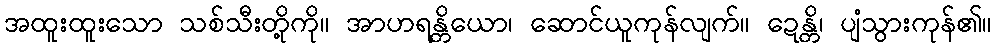
အထူးထူးသော သစ်သီးတို့ကို။ အာဟရန္တိယော၊ ဆောင်ယူကုန်လျက်။ ဍေန္တိ၊ ပျံသွားကုန်၏။